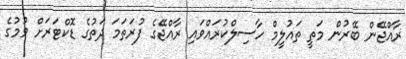
ރާއްޖޭން ބޭރުން މަތީ ތައުލީމް ހާސިލްކުރައްވައި ރާއްޖޭގެ ފުރަތަމަ ދަތުގެ ޑޮކްޓަރަށް ވުމުގެ